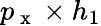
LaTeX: p_{\mathrm{~x~}}\times h_{1}